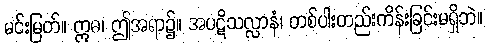
မင်းမြတ်။ ဣဓ၊ ဤအရာ၌။ အပဋိသလ္လာနံ၊ တစ်ပါးတည်းကိန်းခြင်းမရှိဘဲ။